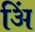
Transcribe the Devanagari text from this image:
अिं